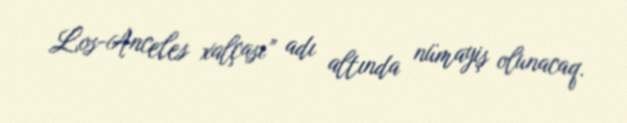
Los-Anceles xalçası” adı altında nümayiş olunacaq.